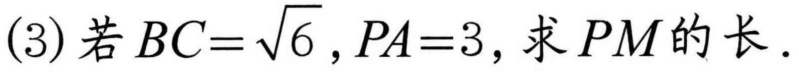
(3) 若 \(BC = \sqrt{6},PA = 3\)，求 \(PM\) 的长.